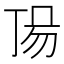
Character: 𠀵